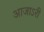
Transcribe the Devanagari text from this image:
आजाऽरी